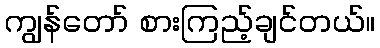
ကျွန်တော် စားကြည့်ချင်တယ်။